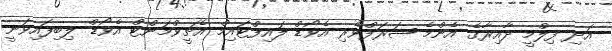
އަދި ފިލްމީ ދާއިރާގެ އެންމެ ޝަރަފްވެރި އެވޯޑް ލައިފްޓައިމް އެޗީވްމަންޓް އެވޯޑް ލިބިފައިވަނީ